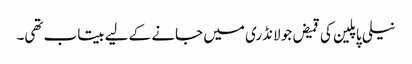
نیلی پاپلین کی قمیض جو لانڈری میں جانے کے لیے بیتاب تھی۔